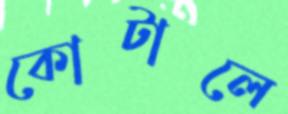
কোটালে